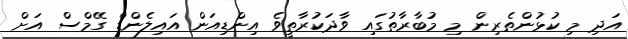
އަދި މި ކުޅުންތެރިން މި މުބާރާތުގައި ވާދަކުރާތީވެ އިންޑިއަން އައިލެންޑް ގޭމްސް އަށް